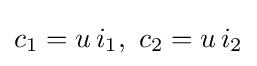
c_{1}=u\,i_{1},\ c_{2}=u\,i_{2}